Indian Medical Review
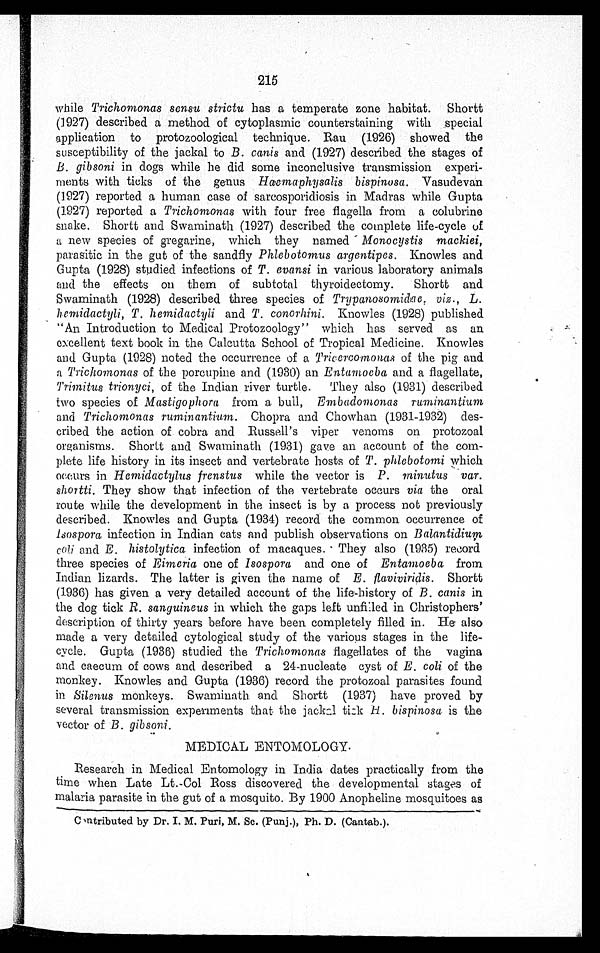
215
while Trichomonas sensu strictu has a temperate zone habitat. Shortt
(1927) described a method of cytoplasmic counterstaining with special
application to protozoological technique. Rau (1926) showed the
susceptibility of the jackal to B. canis and (1927) described the stages of
B. gibsoni in dogs while he did some inconclusive transmission experi
-ments with ticks of the genus Haemaphysalis bispinosa. Vasudevan
(1927) reported a human case of sarcosporidiosis in Madras while Gupta
(1927) reported a Trichomonas with four free flagella from a colubrine
snake. Shortt and Swaminath (1927) described the complete life-cycle of
a new species of gregarine, which they named Monocystis mackiei,
parasitic in the gut of the sandfly Phlebotomus argentipes. Knowles and
Gupta (1928) studied infections of T. evansi in various laboratory animals
and the effects on them of subtotal thyroidectomy. Shortt and
Swaminath (1928) described three species of Trypanosomidae viz., L.
hemidactyli, T. hemidactyli and T. conorhini. Knowles (1928) published
"An Introduction to Medical Protozoology" which has served as an
excellent text book in the Calcutta School of Tropical Medicine. Knowles
and Gupta (1928) noted the occurrence of a Tricercomonas of the pig and
a Trichomonas of the porcupine and (1930) an Entamoeba and a flagellate,
Trimitus trionyci, of the Indian river turtle. They also (1931) described
two species of Mastigophora from a bull, E m b a d o m o n a s
r u m i n a n t i u m
a n d
T r i c h o m a n a s r u m i n a n t i u m .Chopra and Chowhan (1931-1932) des
-cribed the action of cobra and Russell's viper venoms on protozoal
organisms. Shortt and Swaminath (1931) gave an account of the com
-plete life history in its insect and vertebrate hosts of T. phlebotomi which
occurs in Hemidactylus frenstus while the vector is P. minutus var.
shortti. They show that infection of the vertebrate occurs via the oral
route while the development in the insect is by a process not previously
described. Knowles and Gupta (1934) record the common occurrence of
lsospora infection in Indian cats and publish observations on B a l a n t i d i u m
coli and E . histolytica infection of macaques. They also (1935) record
three species of Eimeria one of Isospora and one of Entamoeba from
Indian lizards. The latter is given the name of E. flaviviridis. S h o r t t
(1936) has given a very detailed account of the life-history of B. canis in
the dog tick R. sanguineus in which the gaps left unfilled in Christophers'
description of thirty years before have been completely filled in. He also
made a very detailed cytological study of the various stages in the life-
cycle. Gupta (1936) studied the Trichomonas flagellates of the vagina
and caecum of cows and described a 24-nucleate cyst of E. coli of the
monkey. Knowles and Gupta (1936) record the protozoal parasites found
in Silenus monkeys. Swaminath and Shortt (1937) have proved by
several transmission experiments that the jackal tick H. bispinosa is the
vector of B. gibsoni.
MEDICAL ENTOMOLOGY.
Research in Medical Entomology in India dates practically from the
time when Late Lt.-Col Ross discovered the developmental stages of
malaria parasite in the gut of a mosquito. By 1900 Anopheline mosquitoes as
Contributed by Dr. I. M. Puri, M. Sc. (Punj.), Ph. D. (Cantab.).